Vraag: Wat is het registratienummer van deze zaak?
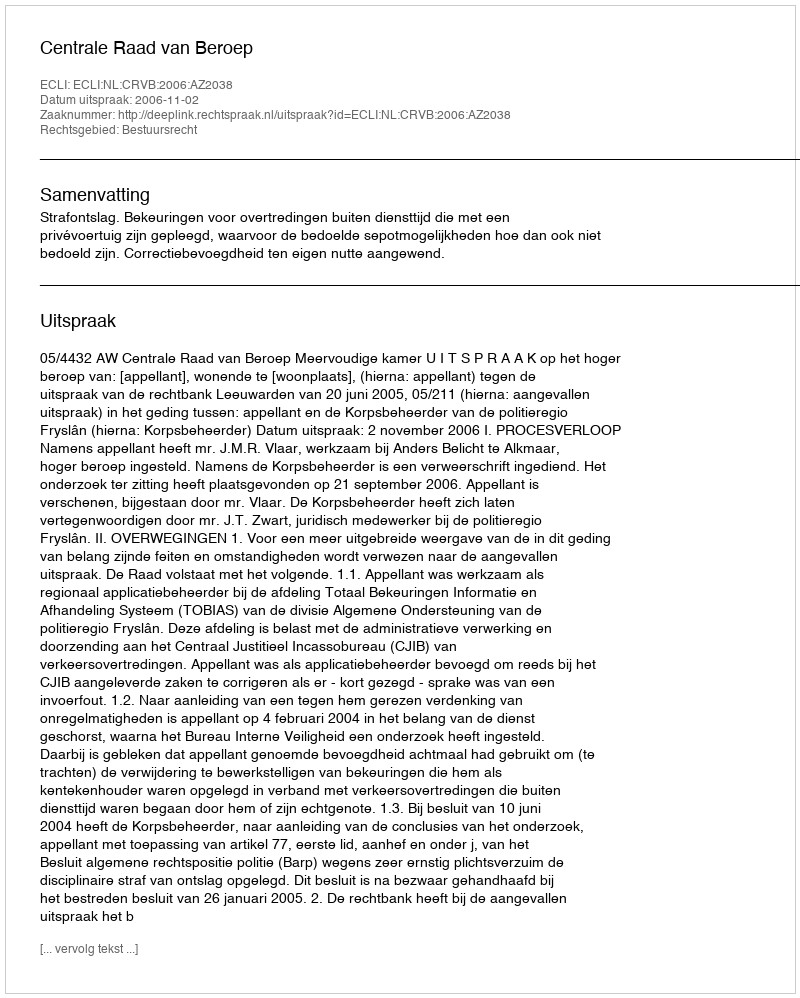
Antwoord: http://deeplink.rechtspraak.nl/uitspraak?id=ECLI:NL:CRVB:2006:AZ2038